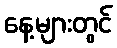
နေ့များတွင်